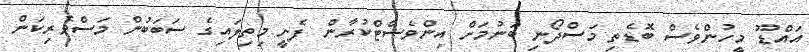
އައްޑޫ މީހުންވެސް ބޮޑެތި މަސްދޯނި ބަނުމަށް އިންވެސްޓްކުރާން ފެށީ މިތިލައިގެ ސަބަބުން މަސްވެރިކަން